65_HS1-834228961_62-HQ-83894_Section_6
Agency: FBI
Page 206
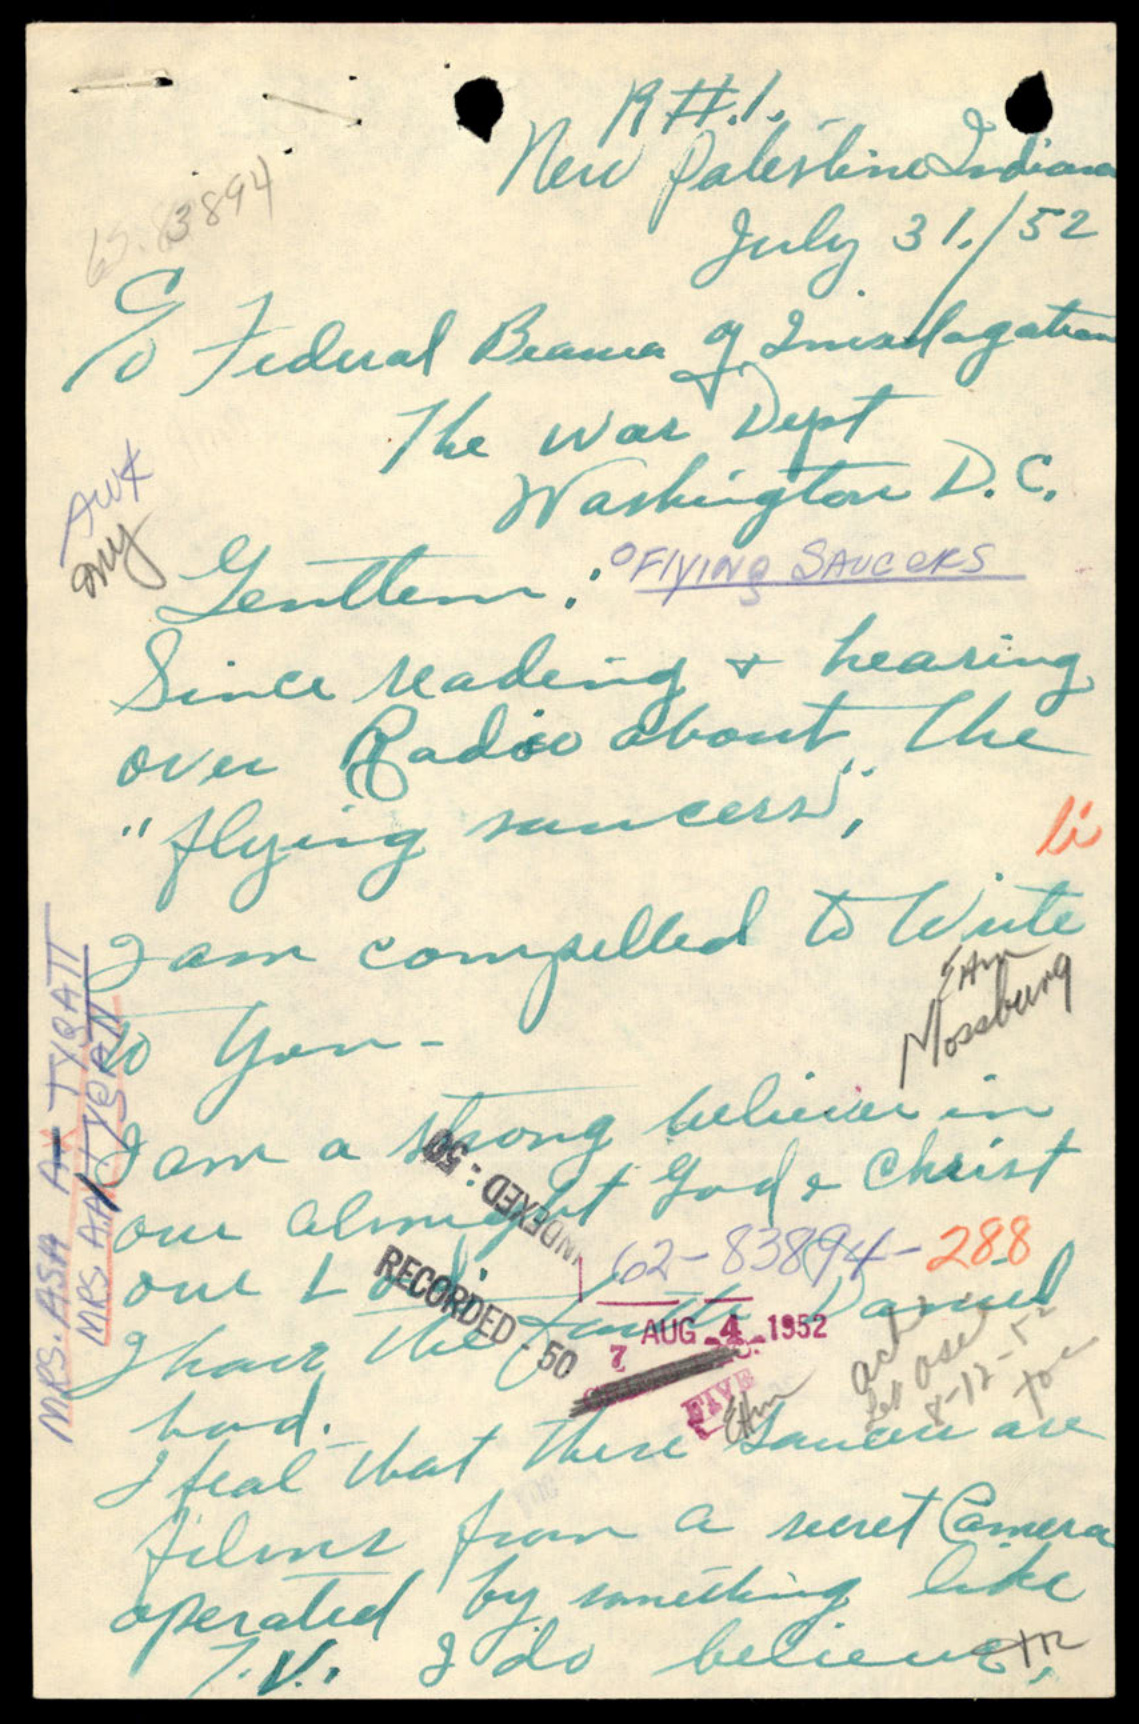